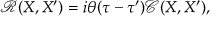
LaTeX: { \mathcal R } ( X , X ^ { \prime } ) = i \theta ( \tau - \tau ^ { \prime } ) { \mathcal C } ( X , X ^ { \prime } ) ,